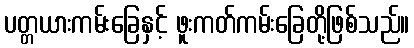
ပတ္တယားကမ်းခြေနှင့် ဖူးကတ်ကမ်းခြေတို့ဖြစ်သည်။